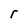
Character: r